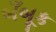
બઁબૂક